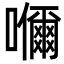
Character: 𭌞